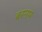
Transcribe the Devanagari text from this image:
बरनम